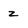
Character: Z